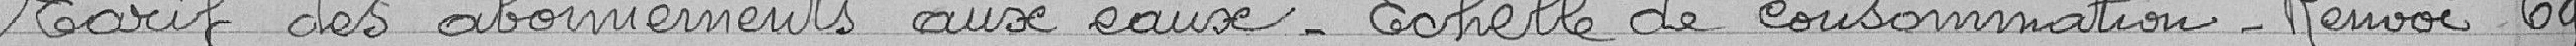
Tarif des abonnements aux eaux - Echelle de consommation - Renvoi 69